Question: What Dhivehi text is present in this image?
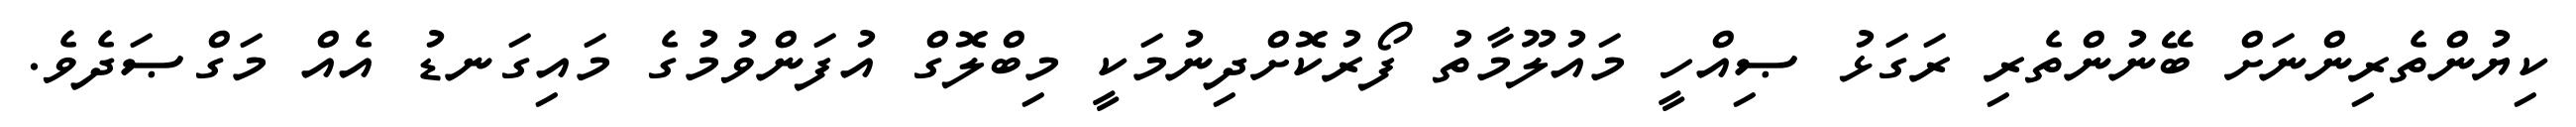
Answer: ކިޔުންތެރިންނަށް ބޭނުންތެރި ރަގަޅު ޞިއްހީ މައުލޫމާތު ފޯރުކޮށްދިނުމަކީ މިބްލޮގް އުފަންވުމުގެ މައިގަނޑު އެއް މަގްޞަދެވެ.